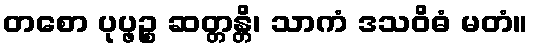
တစော ပုပ္ဖဉ္စ ဆတ္တန္တိ၊ သာကံ ဒသဝိဓံ မတံ။